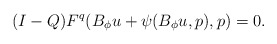
\begin{align*}(I-Q) F^q(B_\phi u + \psi(B_\phi u ,p),p)=0.\end{align*}